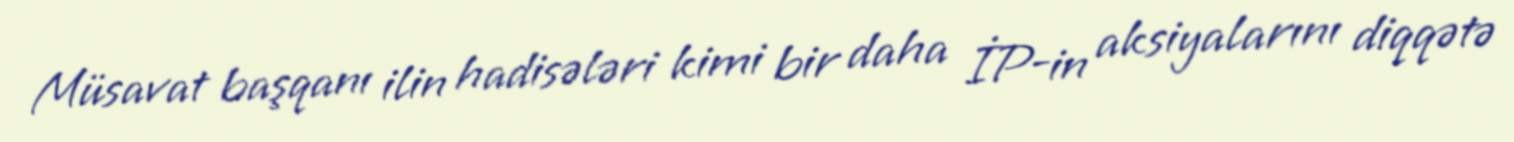
Müsavat başqanı ilin hadisələri kimi bir daha İP-in aksiyalarını diqqətə